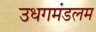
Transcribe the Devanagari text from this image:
उधगमंडलम